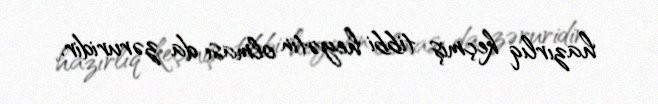
hazırlıq keçmiş tibbi heyətin olması da zəruridir.